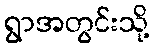
ရွာအတွင်းသို့